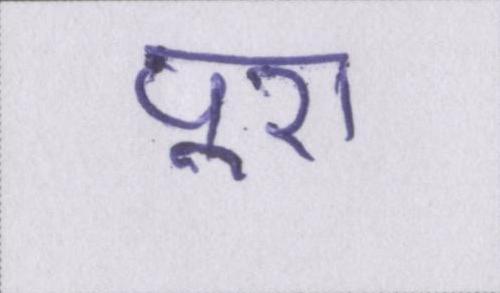
पूरा